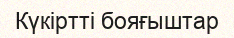
Күкіртті бояғыштар